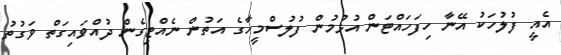
އެއީ ފުލުހަކު އޭނާ ހިފަހައްޓަން އުޅުމުން ފުލުސްމީހާގެ އަތުން ނެއްޓިގެން ދުއްވައިގަތް ވަގުތު